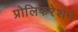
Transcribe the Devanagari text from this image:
प्रोलिफरेशन